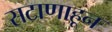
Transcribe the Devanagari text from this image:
सटाणाहून